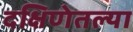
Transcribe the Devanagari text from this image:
दक्षिणेतल्या